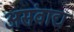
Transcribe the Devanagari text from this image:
असंवाद्य